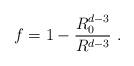
LaTeX: \begin{align*}f = 1 - \frac{R_0^{d-3}}{R^{d-3}} \ .\end{align*}